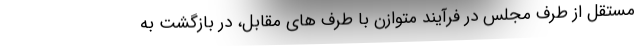
مستقل از طرف مجلس در فرآیند متوازن با طرف های مقابل، در بازگشت به